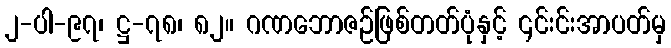
၂-ပါ-၉၇၊ ဋ္ဌ-၇၈၊ ၈၂။ ဂဏဘောဇဉ်ဖြစ်တတ်ပုံနှင့် ၎င်းင်းအာပတ်မှ